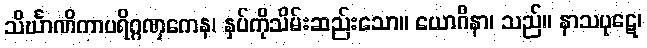
သိင်္ဃာဏိကာပရိဂ္ဂဏှကေန၊ နှပ်ကိုသိမ်းဆည်းသော။ ယောဂိနာ၊ သည်။ နာသပုဋေ၊